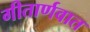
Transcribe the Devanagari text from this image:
गीतार्णवात